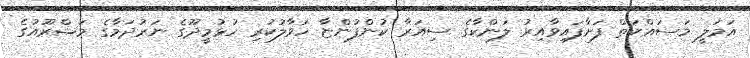
އަމަލީ މަސައްކަތް ފަށާފައިވާއިރު ލަންކާގެ ސިއަރާ ކުންފުންޏާ ހަވާލުކުރި ހުޅުމީދޫގެ ނަރުދަމާގެ މަޝްރޫއުގެ